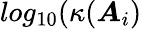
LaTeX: log_{10}(\kappa(\boldsymbol{A}_{i})